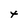
Character: t